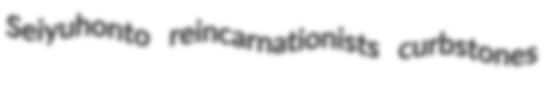
Seiyuhonto reincarnationists curbstones